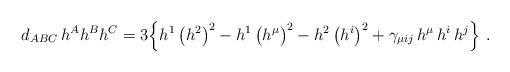
LaTeX: \begin{align*}d_{ABC}\,h^Ah^Bh^C = 3\Big\{ h^1\,\big(h^2\big)^2 -h^1\,\big(h^\mu\big)^2 -h^2\,\big(h^i\big)^2+\gamma_{\mu ij}\,h^\mu\, h^i\,h^j \Big\}\ .\end{align*}